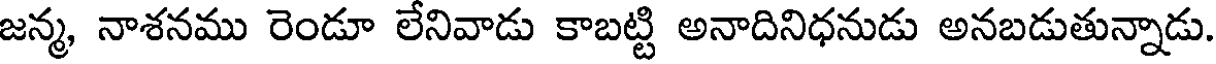
జన్మ, నాశనము రెండూ లేనివాడు కాబట్టి అనాదినిధనుడు అనబడుతున్నాడు.